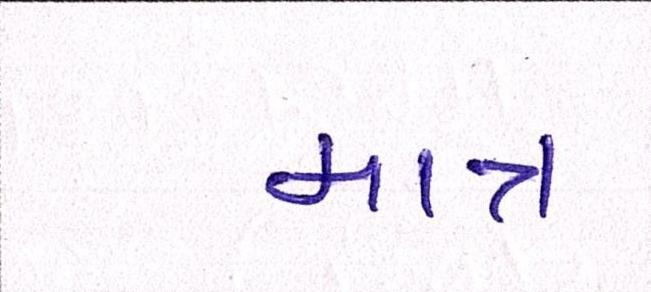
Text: માત્ર